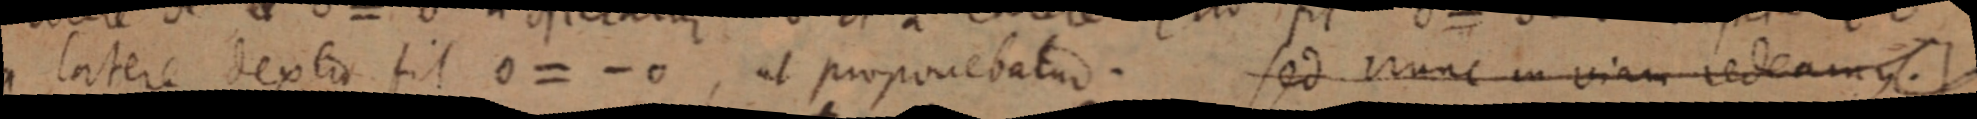
a latere dextra fit 0 = - 0, ut proponebatur. Sed nunc in viam redeamus.